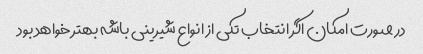
در صورت امکان اگر انتخاب تکی از انواع شیرینی باشه بهتر خواهد بود